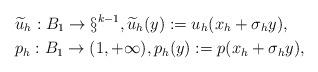
LaTeX: \begin{align*} & \widetilde{u}_h : B_1 \to \S^{k-1}, \widetilde{u}_h(y) := u_h(x_h + \sigma_h y), \\& p_h : B_1 \to (1,+\infty), p_h(y) := p(x_h + \sigma_h y), \end{align*}